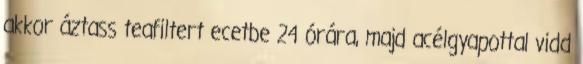
akkor áztass teafiltert ecetbe 24 órára, majd acélgyapottal vidd